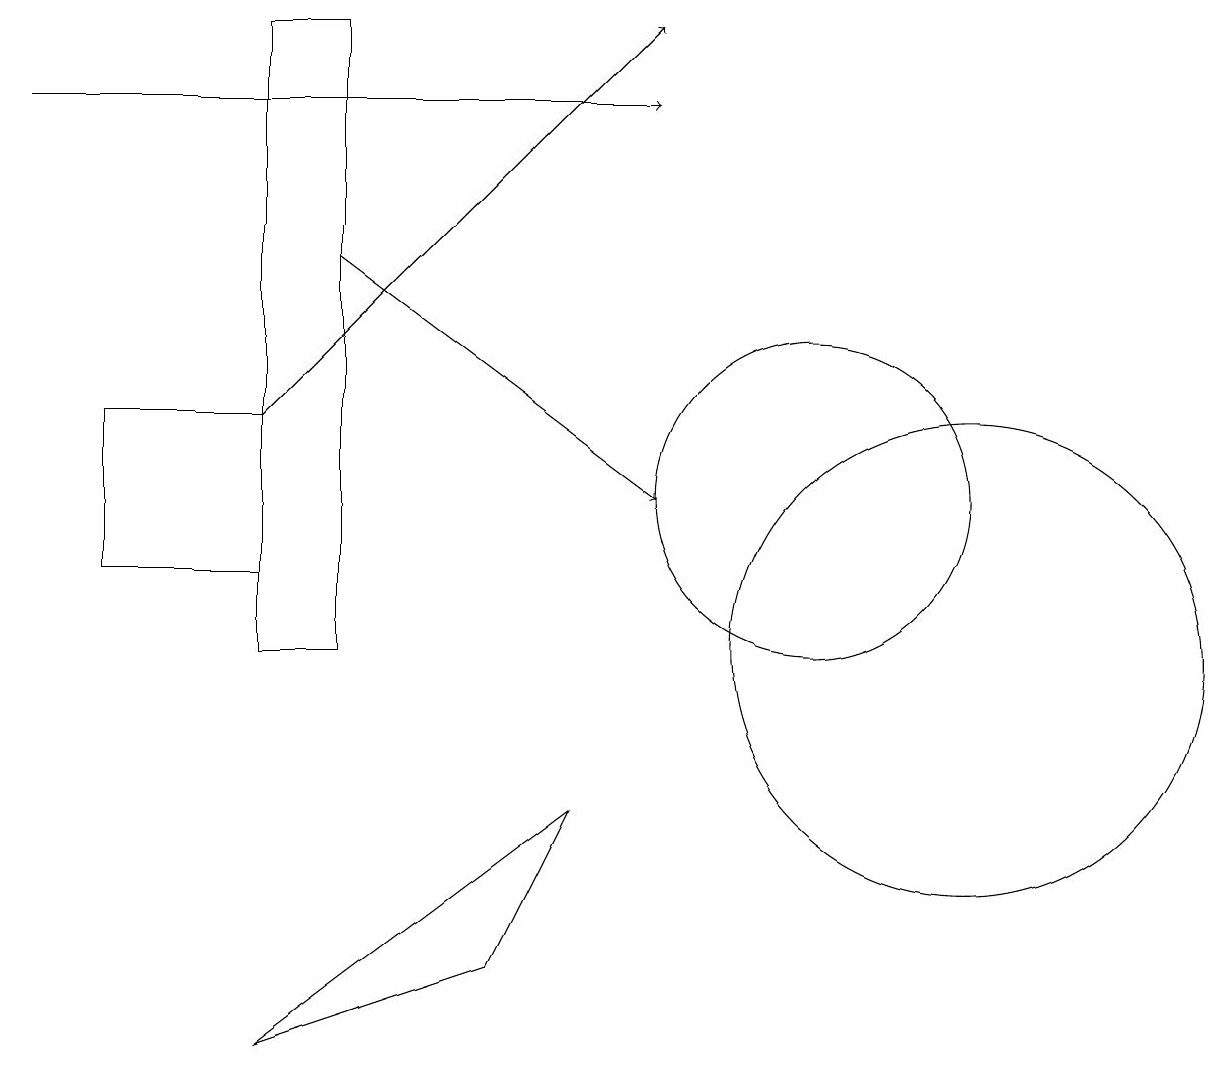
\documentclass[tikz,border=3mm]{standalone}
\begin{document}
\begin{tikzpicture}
\draw (3,5) -- (6,6) -- (7,8) -- cycle;
\draw (3,13) rectangle (1,11);
\draw[->] (3,13) -- (8,18);
\draw (10,12) circle (2);
\draw (12,10) circle (3);
\draw[->] (0,17) -- (8,17);
\draw[->] (4,15) -- (8,12);
\draw (4,10) rectangle (3,18);
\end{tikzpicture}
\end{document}